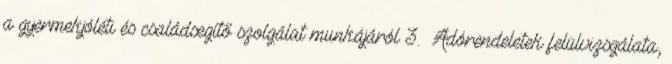
a gyermekjóléti és családsegítő szolgálat munkájáról 3. Adórendeletek felülvizsgálata,